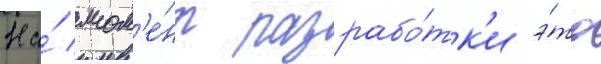
На́ мом'е́нт разрабо́тк'и э́то